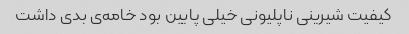
کیفیت شیرینی ناپلیونی خیلی پایین بود خامه‌ی بدی داشت